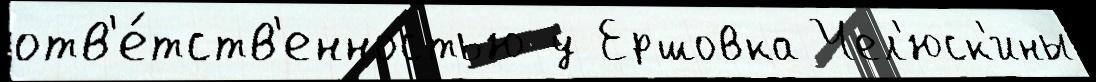
отв'е́тств'енностью у Ершовка Чел'юск'ины